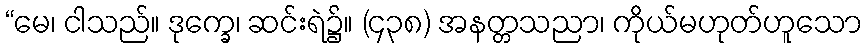
“မေ၊ ငါသည်။ ဒုက္ခေ၊ ဆင်းရဲ၌။ (၄၃၈) အနတ္တသညာ၊ ကိုယ်မဟုတ်ဟူသော